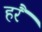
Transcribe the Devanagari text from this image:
हरैं